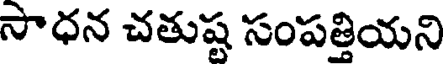
సాధన చతుష్ట సంపత్తియని